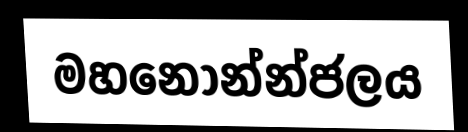
මහනොන්න්ජලය